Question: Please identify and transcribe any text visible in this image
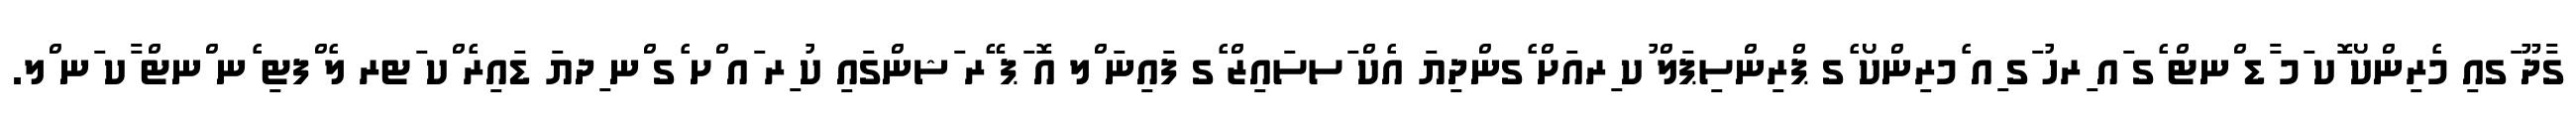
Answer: ގާދޫ ަގއި މެރިންކޯ ޮކ ަމ ާޑ ްނޓް ެގ ައ ިރހު ަގ ިއ ެމރިންކޯ ެގ ޕްރިންސިޕަލް ުކ ިރއަށް ެގންދިޔަ އެކް ަސސައިޒް ެގ ފައިނަ ްލ އޮ ަޕ ޭރ ަޝންގައި ކު ިރ ައ ްށ ެގ ްނ ިދޔަ ޑައިރެ ްކ ަޓރ ލެ ްފޓި ެނ ްނޓް ާކ ަނ ްލ.